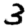
Digit: 3